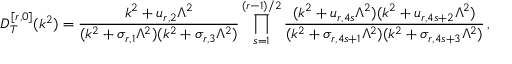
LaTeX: D _ { T } ^ { [ r , 0 ] } ( k ^ { 2 } ) = \frac { k ^ { 2 } + u _ { r , 2 } \Lambda ^ { 2 } } { ( k ^ { 2 } + \sigma _ { r , 1 } \Lambda ^ { 2 } ) ( k ^ { 2 } + \sigma _ { r , 3 } \Lambda ^ { 2 } ) } \prod _ { s = 1 } ^ { ( r - 1 ) / 2 } \frac { ( k ^ { 2 } + u _ { r , 4 s } \Lambda ^ { 2 } ) ( k ^ { 2 } + u _ { r , 4 s + 2 } \Lambda ^ { 2 } ) } { ( k ^ { 2 } + \sigma _ { r , 4 s + 1 } \Lambda ^ { 2 } ) ( k ^ { 2 } + \sigma _ { r , 4 s + 3 } \Lambda ^ { 2 } ) } \, ,